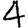
Digit: 4